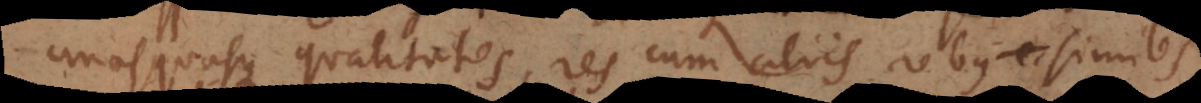
unasquasque qualitates, res cum aliis rebus similes